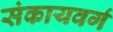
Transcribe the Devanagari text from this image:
संकायवर्ग